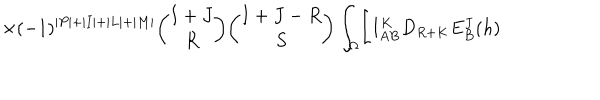
\times ( - 1 ) ^ { \vert P \vert + \vert I \vert + \vert L \vert + \vert M \vert } { \binom { I + J } { R } } { \binom { I + J - R } { S } } \int _ { \Omega } \Biggl [ I _ { A B } ^ { K } D _ { R + K } E _ { B } ^ { J } ( h )